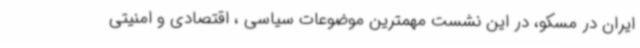
ایران در مسکو، در این نشست مهمترین موضوعات سیاسی ، اقتصادی و امنیتی